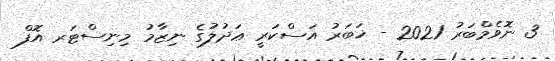
3 ނޮވެމްބަރު 2021 - ޚަބަރު އަސްކަރީ ޢަދުލުގެ ނިޒާމު މިނިސްޓަރ އޮފް